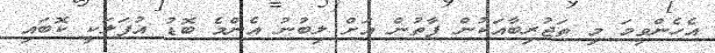
އެހެންވީމަ މި ތަޖުރިބާއަކުން ފާތުން އަށް ލިބުނު އެންމެ ބޮޑު އުފަލަކީ ކޮބައި